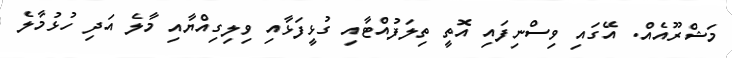
މަޝްރޫއެއް. އޭގައި ވިސްނިފައި އޮތީ ތިލަފުއްޓާއި ގުޅީފަޅާއި ވިލިގިއްޔާއި މާލެ އަދި ހުޅުމާލެ